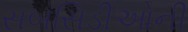
સબસિડીઓની